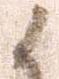
候